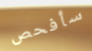
سأفحص